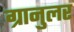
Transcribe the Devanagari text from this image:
ग्रानुलर